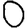
Digit: 0